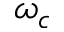
\omega _ { c }